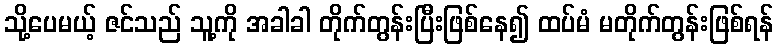
သို့ပေမယ့် ဇင်သည် သူ့ကို အခါခါ တိုက်တွန်းပြီးဖြစ်နေ၍ ထပ်မံ မတိုက်တွန်းဖြစ်ရန်